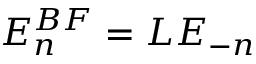
E _ { n } ^ { B F } = L E _ { - n }